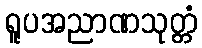
ရူပအညာဏသုတ္တံ